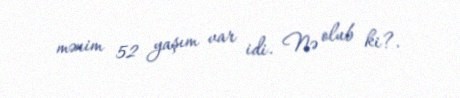
mənim 52 yaşım var idi. Nə olub ki?.